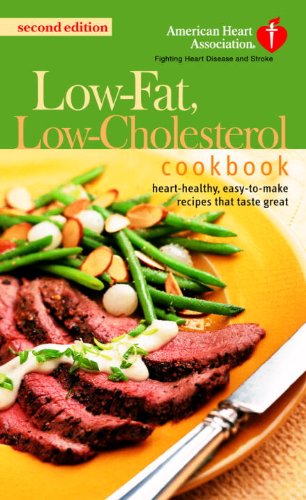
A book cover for The American Heart Association Low-Fat, Low-Cholesterol Cookbook: Delicious Recipes to Help Lower Your Cholesterol; American Heart Association; Cookbooks, Food & Wine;